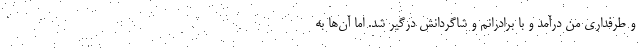
و طرفداری من درآمد و با برادرانم و شاگردانش درگیر شد. اما آن‌ها به